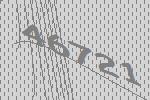
46721